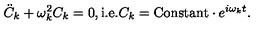
{ \ddot { C } } _ { k } + \omega _ { k } ^ { 2 } C _ { k } = 0 , \mathrm { i . e . } C _ { k } = \mathrm { C o n s t a n t } \cdot e ^ { i \omega _ { k } t } .